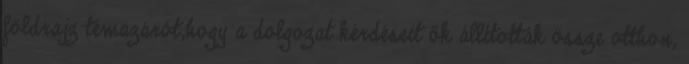
földrajz témazárót,hogy a dolgozat kérdéseit ők állították össze otthon,